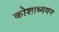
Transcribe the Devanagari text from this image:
कोशाध्ययन